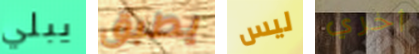
يبلي يطبق ليس أخري